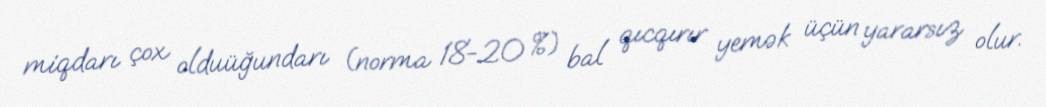
miqdarı çox olduüğundarı (norma 18-20 %) bal qıcqırır yemək üçün yararsız olur.